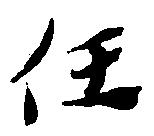
任